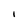
Character: l